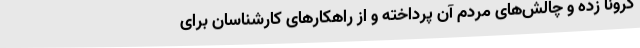
کرونا زده و چالش‌های مردم آن پرداخته و از راهکارهای کارشناسان برای